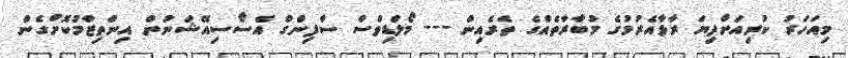
މިއަހަރު ކުރިއަށްދިޔަ ރާޅާއެރުމުގެ މުބާރާތެއްގެ ތެރެއިން --- މޯލްޑިވްސް ސާފިންގް އެސޯސިއޭޝަނުން އިންތިޒާމުކޮށްގެން